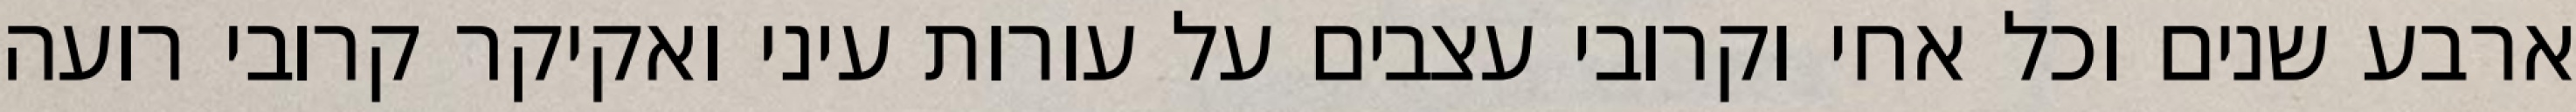
ארבע שנים וכל אחי וקרובי עצבים על עורות עיני ואקיקר קרובי רועה